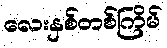
လေးနှစ်တစ်ကြိမ်